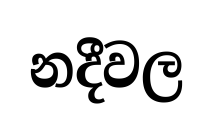
නදීවල